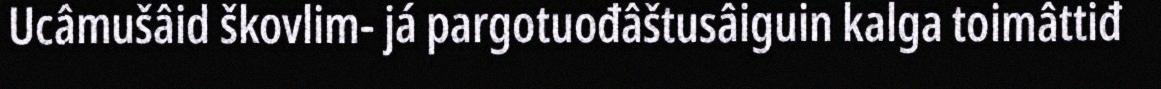
Ucâmušâid škovlim- já pargotuođâštusâiguin kalga toimâttiđ